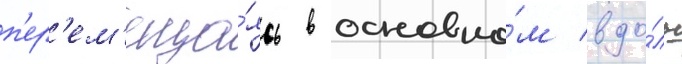
п'ер'ем'еща́ясь в основно́м вдо́ль